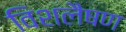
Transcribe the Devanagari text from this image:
विशलैषण